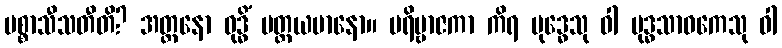
ပစ္စာသီသတီတိ? အတ္တနော ဝုဒ္ဓိံ ပတ္ထယမာနော။ ပရိဗ္ဗာဇကာ ကိရ ဗုဒ္ဓေသု ဝါ ဗုဒ္ဓသာဝကေသု ဝါ